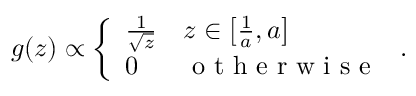
g ( z ) \propto \left\{ \begin{array} { l l } { \frac { 1 } { \sqrt { z } } } & { z \in \left[ \frac { 1 } { a } , a \right] } \\ { 0 } & { \mathrm { ~ o ~ t ~ h ~ e ~ r ~ w ~ i ~ s ~ e ~ } } \end{array} \right. .